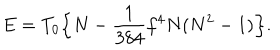
LaTeX: E = T _ { 0 } \Bigl \{ N - \frac { 1 } { 3 8 4 } f ^ { 4 } N ( N ^ { 2 } - 1 ) \Bigr \} .